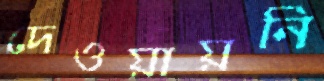
দেওয়ায়নি